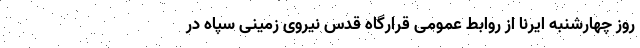
روز چهارشنبه ایرنا از روابط عمومی قرارگاه قدس نیروی زمینی سپاه در